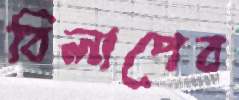
বিলাপেব